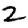
Digit: 2